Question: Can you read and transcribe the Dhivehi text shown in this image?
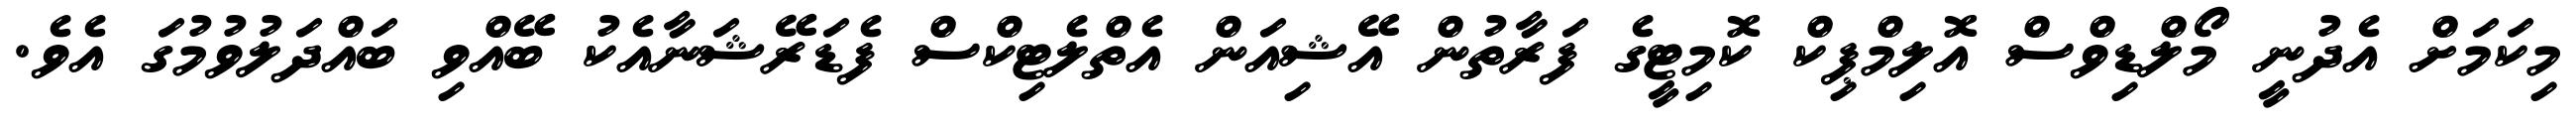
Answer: މިކަމަށް އެދުނީ މޯލްޑިވްސް އޮލިމްޕިކް ކޮމިޓީގެ ފަރާތުން އޭޝިއަން އެތްލެޓިކްސް ފެޑަރޭޝަނާއެކު ބޭއްވި ބައްދަލުވުމުގަ އެވެ.